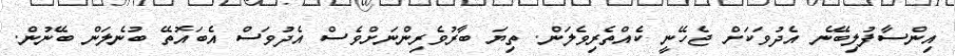
އިންސާފުލިބޭނެ އެދުވަކަށް ޖެހޭނީ ކެއްތެރިވެލަން. ތިޔަ ބާރުވެރިންނަށްވެސް އެދުވަސް އެބައޮތޭ ބުނެލަން ބޭނުން.